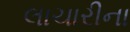
લાચારીના